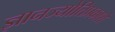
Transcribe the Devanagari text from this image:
ज्ञानज्योतिप्रकाशे